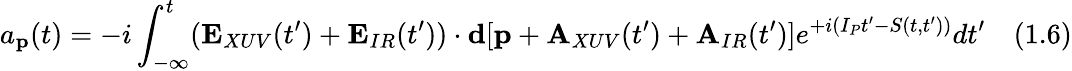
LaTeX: a_{\textbf{p}}(t)=-i\int_{-\infty}^{t}({\textbf{E}}_{XUV}(t^{\prime})+{\textbf{E}}_{IR}(t^{\prime}))\cdot{\textbf{d}}[{\textbf{p}}+{\textbf{A}}_{XUV}(t^{\prime})+{\textbf{A}}_{IR}(t^{\prime})]e^{+i(I_{P}t^{\prime}-S(t,t^{\prime}))}dt^{\prime}\quad(1.6)